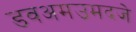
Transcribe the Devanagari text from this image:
डवअमउमदजे